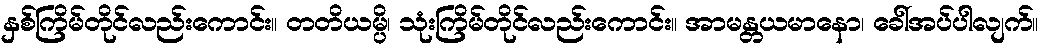
နှစ်ကြိမ်တိုင်လည်းကောင်း။ တတိယမ္ပိ၊ သုံးကြိမ်တိုင်လည်းကောင်း။ အာမန္တယမာနော၊ ခေါ်အပ်ပါလျက်။